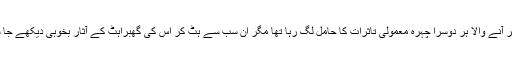
بھیڑ میں نظر آنے والا ہر دوسرا چہرہ معمولی تاثرات کا حامل لگ رہا تھا مگر ان سب سے ہٹ کر اس کی گھبراہٹ کے آثار بخوبی دیکھے جا سکتے تھے۔